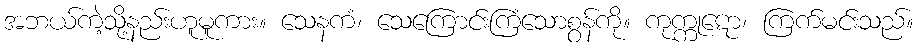
အဘယ်ကဲ့သို့နည်းဟူမူကား။ သေနကံ၊ သေကြောင်းကြံသောစွန်ကို။ ကုက္ကုဋော၊ ကြက်မင်းသည်။